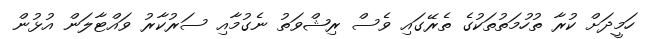
ހަމީދަށް ކުރާ ތުހުމަތުތަކުގެ ތެރޭގައި ވެސް ރިޝްވަތު ނެގުމާއި ސަރުކާރު ވައްޓާލަން އުޅުން